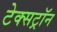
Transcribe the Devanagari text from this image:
टेक्सट्रॉन